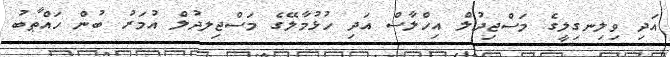
އަދި ވިލިނގިލީގެ މަސްޖިދުލް އިހްލާސް އަދި ހުޅުމާލޭގެ މަސްޖިލދުލް އުމަރު ބުން ހައްޠާބު